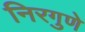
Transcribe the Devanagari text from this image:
निरगुणे